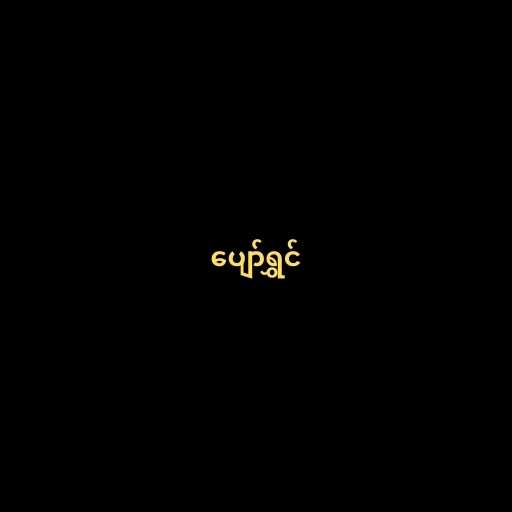
ပျော်ရွှင်